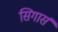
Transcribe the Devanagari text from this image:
सिगार्स